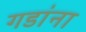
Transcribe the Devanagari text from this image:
गडांना